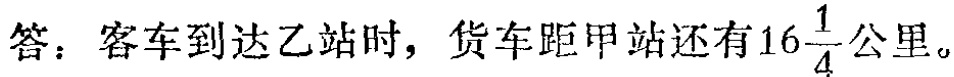
答：客车到达乙站时，货车距甲站还有\(16\frac{1}{4}\)公里。